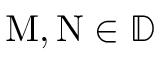
\mathrm { M } , \mathrm { N } \in \mathbb D